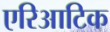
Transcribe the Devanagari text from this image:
एरिआटिक